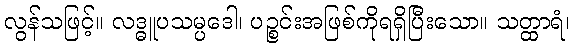
လွန်သဖြင့်။ လဒ္ဓူပသမ္ပဒေါ၊ ပဉ္စင်းအဖြစ်ကိုရရှိပြီးသော။ သတ္ထာရံ၊